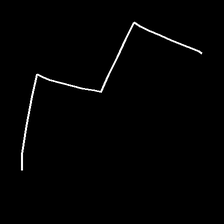
Glyph: crush